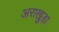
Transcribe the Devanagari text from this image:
अराखुड़ा